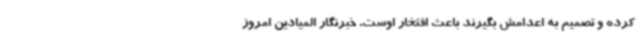
کرده و تصمیم به اعدامش بگیرند باعث افتخار اوست. خبرنگار المیادین امروز